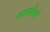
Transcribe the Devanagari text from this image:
था।पाँचवे